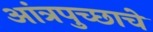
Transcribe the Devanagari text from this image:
आंत्रपुच्छाचे